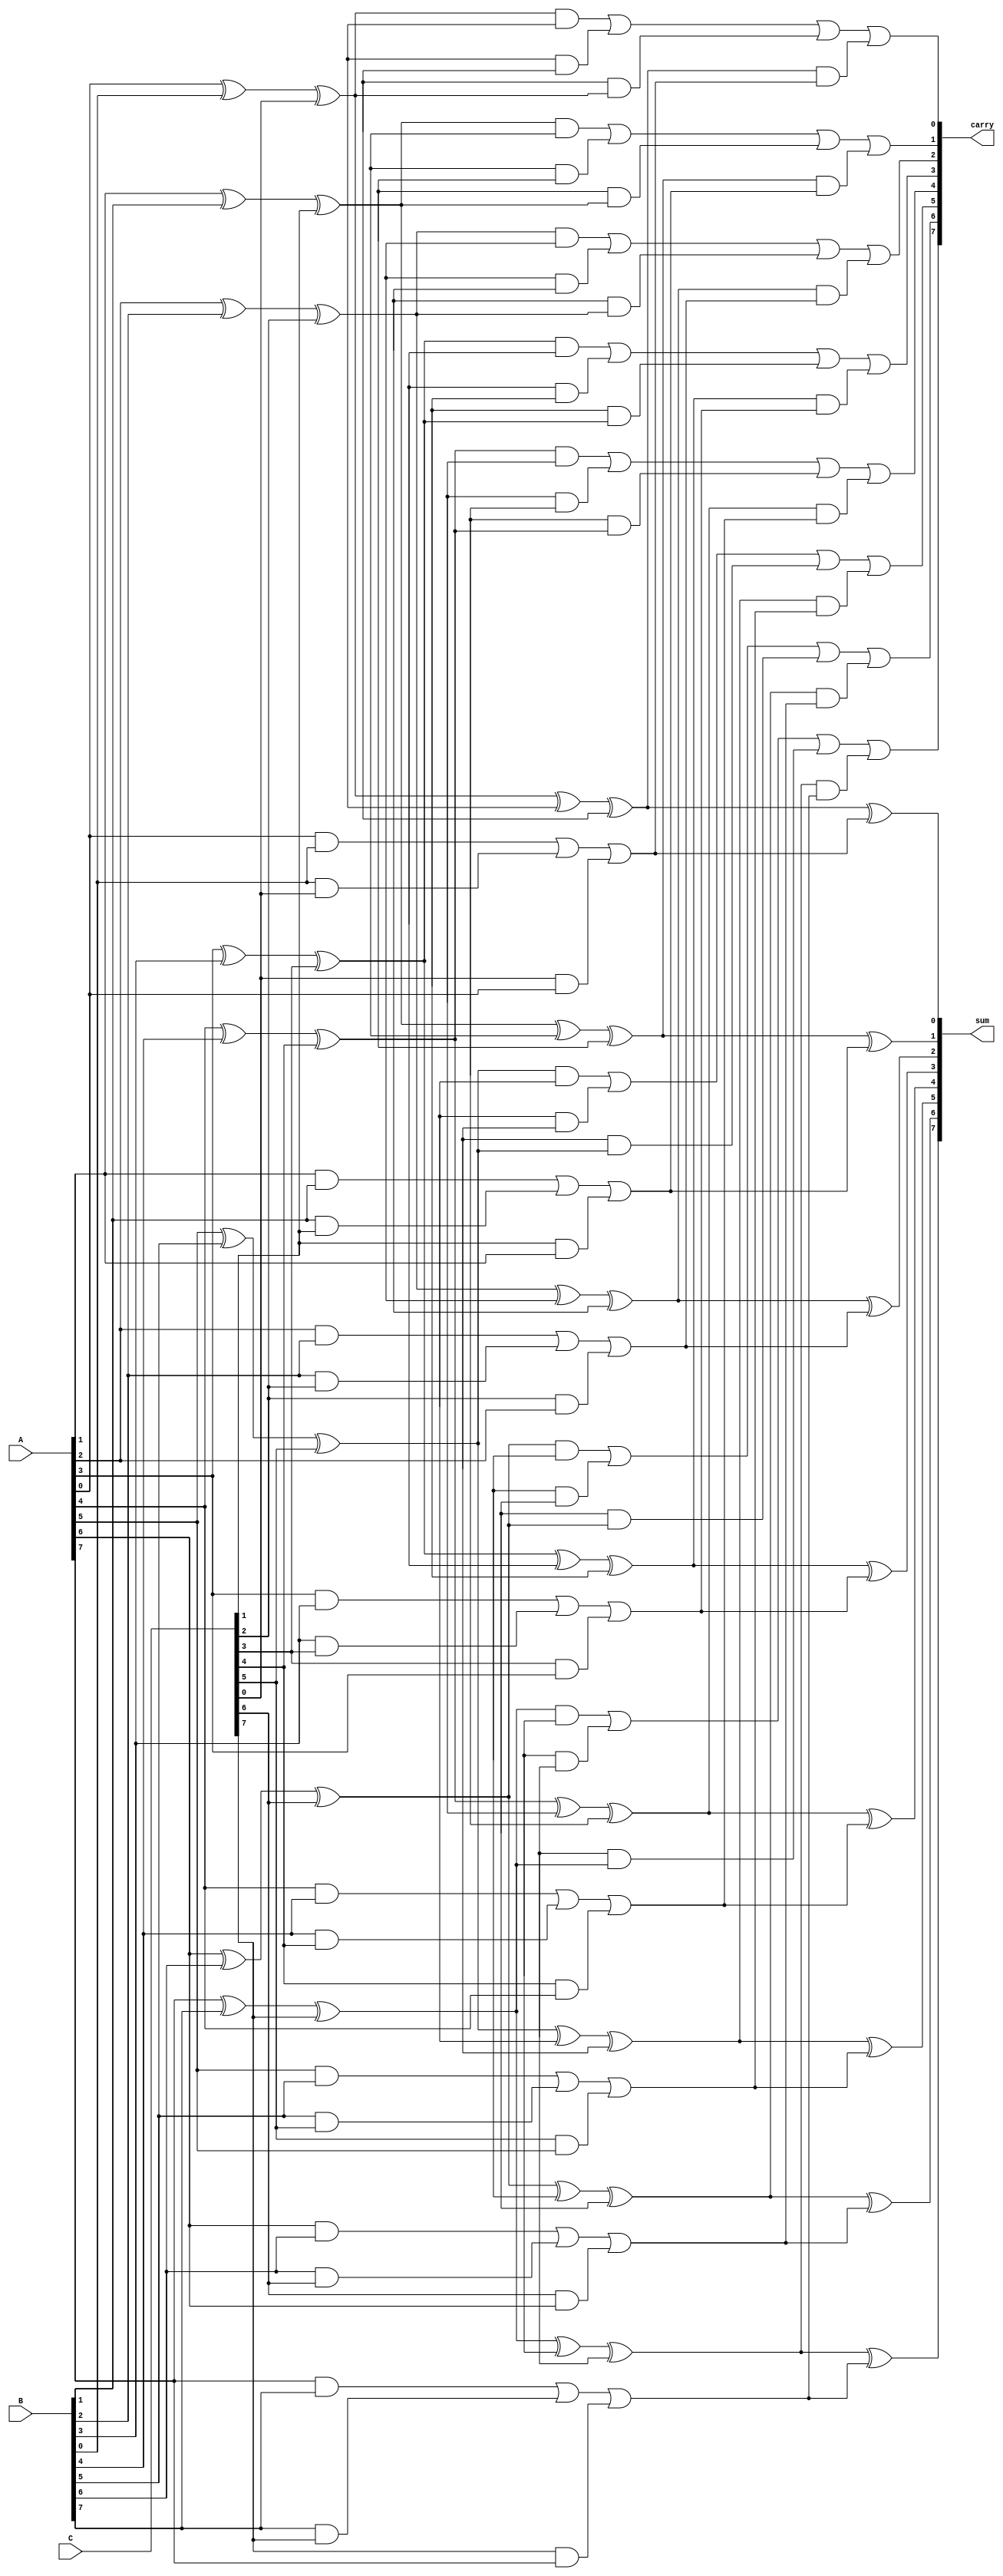
module carry_save_adder #(
    parameter N = 8 // Bit-width of the operands
)(
    input  [N-1:0] A, // First operand
    input  [N-1:0] B, // Second operand
    input  [N-1:0] C, // Third operand
    output [N-1:0] sum, // Final sum output
    output [N-1:0] carry // Final carry output
);

// Intermediate sums and carries
wire [N-1:0] S1, C1; // For first stage
wire [N-1:0] S2, C2; // For second stage
wire [N-1:0] S3, C3; // For third stage

// Stage 1: Compute partial sums and carries
genvar i;
generate
    for (i = 0; i < N; i = i + 1) begin : CSA_stage1
        assign S1[i] = A[i] ^ B[i] ^ C[i]; // Partial sum
        assign C1[i] = (A[i] & B[i]) | (B[i] & C[i]) | (C[i] & A[i]); // Carry
    end
endgenerate

// Stage 2: Combine the S1 and C1 with another set of operands (example: D and E)
wire [N-1:0] D, E; // Additional operands for further stages (can be inputs or constants)
wire [N-1:0] S2_temp, C2_temp;

generate
    for (i = 0; i < N; i = i + 1) begin : CSA_stage2
        assign S2_temp[i] = S1[i] ^ D[i] ^ E[i]; // Combine partial sums
        assign C2_temp[i] = (S1[i] & D[i]) | (D[i] & E[i]) | (E[i] & S1[i]); // Combine carries
    end
endgenerate

// Stage 3: Combine S2_temp and C2_temp to produce final sum and carry
generate
    for (i = 0; i < N; i = i + 1) begin : CSA_stage3
        assign sum[i] = S2_temp[i] ^ C1[i]; // Final sum output
        assign carry[i] = C2_temp[i] | (S2_temp[i] & C1[i]); // Final carry output
    end
endgenerate

endmodule